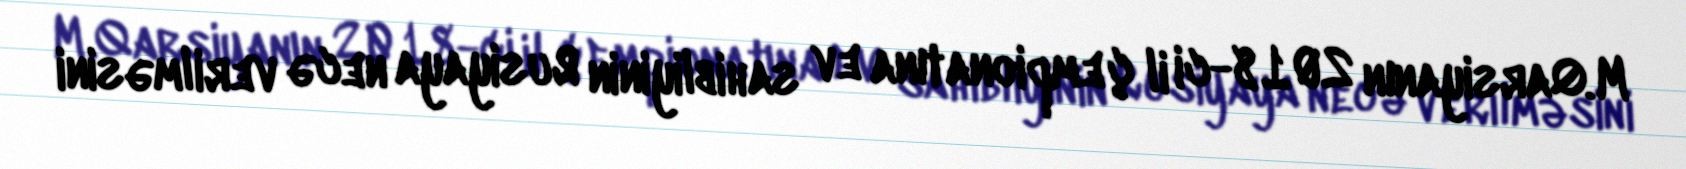
M.Qarsiyanın 2018-ci il çempionatına ev sahibliyinin Rusiyaya necə verilməsini